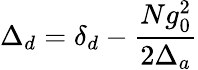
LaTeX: \Delta_{d}=\delta_{d}-\frac{Ng_{0}^{2}}{2\Delta_{a}}